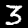
Digit: 3